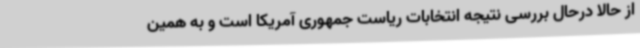
از حالا درحال بررسی نتیجه انتخابات ریاست جمهوری آمریکا است و به همین